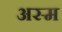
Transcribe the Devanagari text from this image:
अस्म